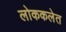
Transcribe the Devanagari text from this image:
लोककलेत